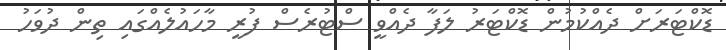
ޑޮކްޓަރަށް ދެއްކުމުން ޑޮކްޓަރު ލަފާ ދެއްވީ ސްޓުރެސް ފުރީ މާހައުލެއްގައި ތިން ދުވަހު